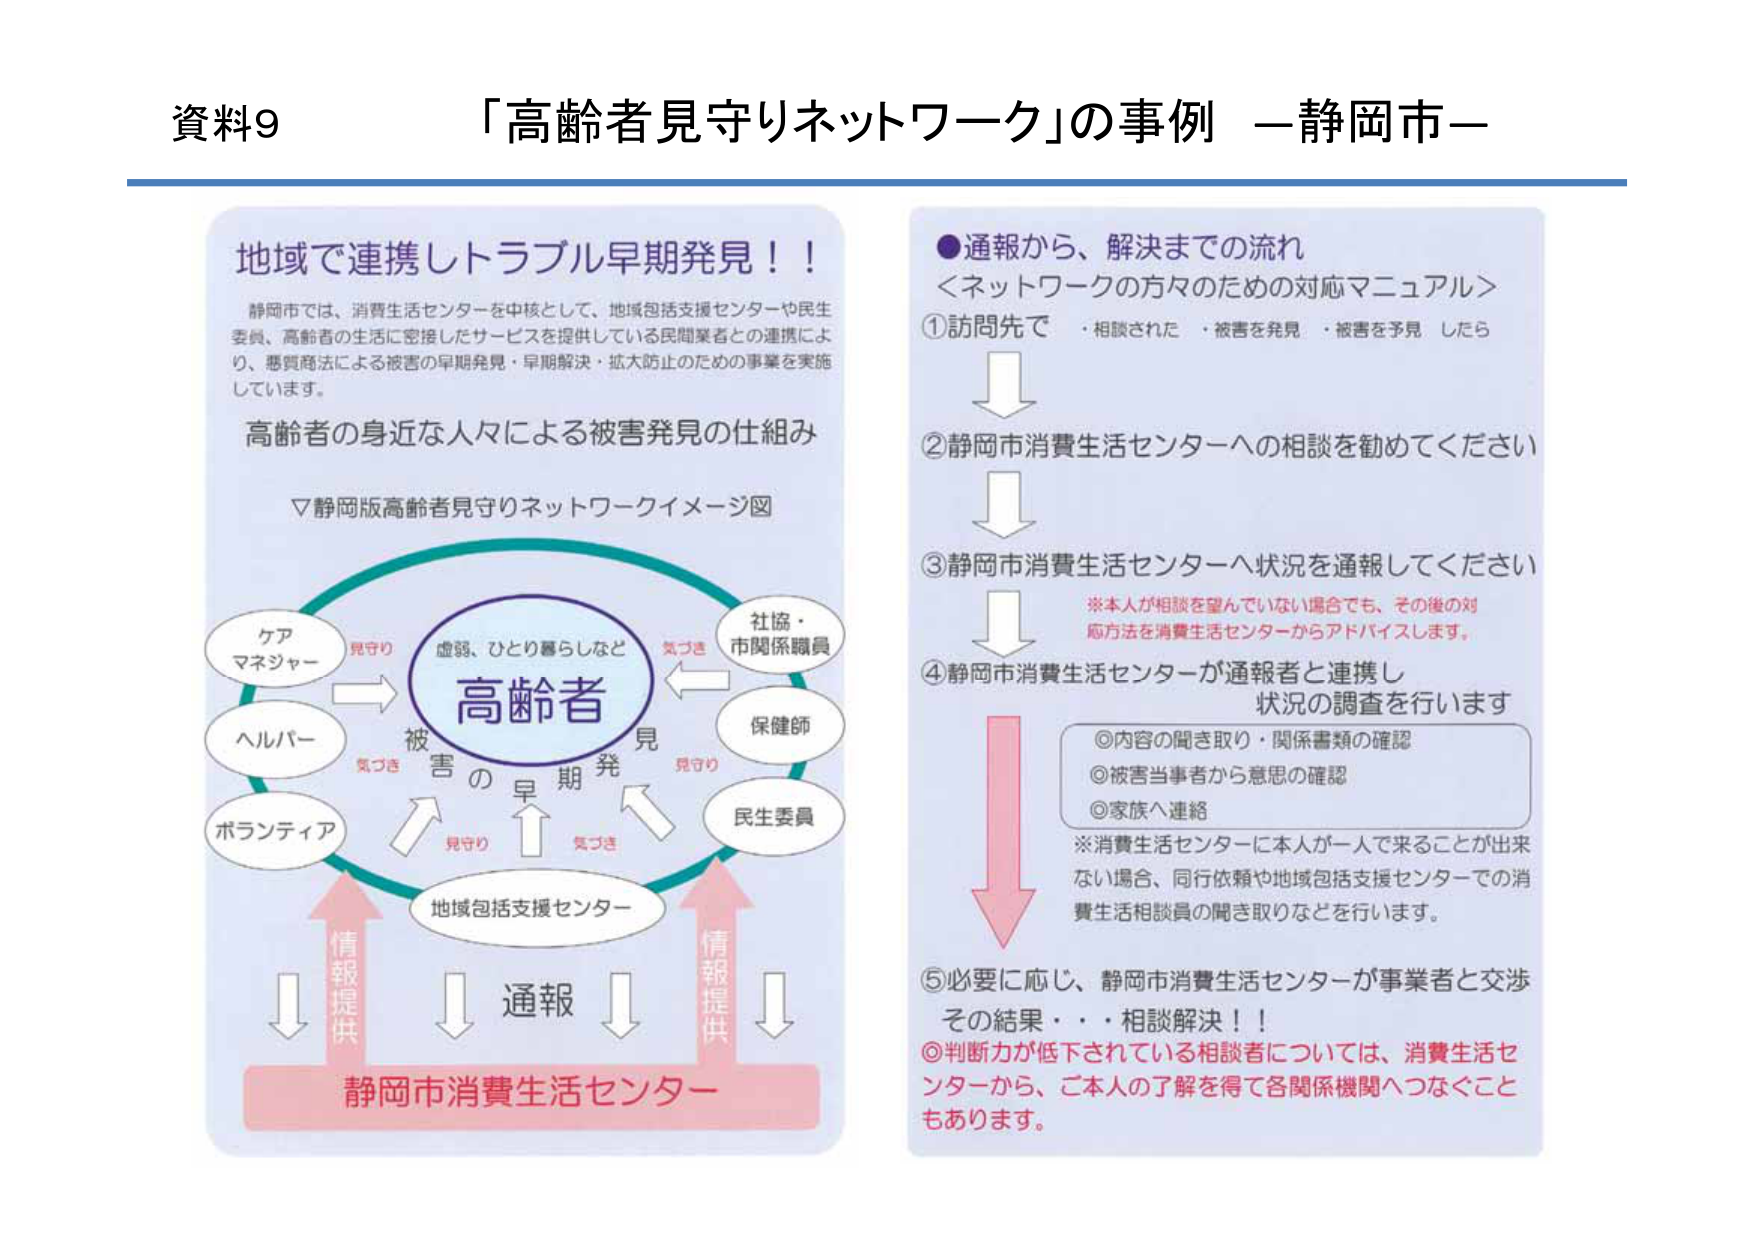
資料9 「高齢者見守りネットワーク」の事例 —静岡市—

地域で連携しトラブル早期発見！！

静岡市では、消費生活センターを中核として、地域包括支援センターや民生委員、高齢者の生活に密接したサービスを提供している民間業者との連携により、悪質商法による被害の早期発見・早期解決・拡大防止のための事業を実施しています。

高齢者の身近な人々による被害発見の仕組み

▽静岡版高齢者見守りネットワークイメージ図

ケアマネジャー
見守り
→
高齢者
（虚弱、ひとり暮らしなど）
←
気づき
社協・市関係職員

ヘルパー
気づき
→
被害の早期発見
←
見守り
保健師

ボランティア
見守り
→
地域包括支援センター
←
気づき
民生委員

情報提供
↓
静岡市消費生活センター
↑
通報
↑
情報提供

●通報から、解決までの流れ
＜ネットワークの方々のための対応マニュアル＞

①訪問先で　・相談された　・被害を発見　・被害を予見　したら

↓

②静岡市消費生活センターへの相談を勧めてください

↓

③静岡市消費生活センターへ状況を通報してください

※本人が相談を望んでいない場合でも、その後の対応方法を消費生活センターからアドバイスします。

↓

④静岡市消費生活センターが通報者と連携し
状況の調査を行います

◎内容の聞き取り・関係書類の確認
◎被害当事者から意思の確認
◎家族へ連絡

※消費生活センターに本人が一人で来ることが出来ない場合、同行依頼や地域包括支援センターでの消費生活相談員の聞き取りなどを行います。

↓

⑤必要に応じ、静岡市消費生活センターが事業者と交渉
その結果・・・相談解決！！

◎判断力が低下されている相談者については、消費生活センターから、ご本人の了解を得て各関係機関へつなぐこともあります。